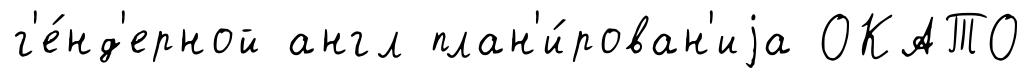
г'е́нд'ерной англ план'и́рован'иjа ОКАТО